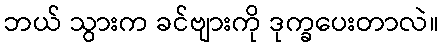
ဘယ် သွားက ခင်ဗျားကို ဒုက္ခပေးတာလဲ။